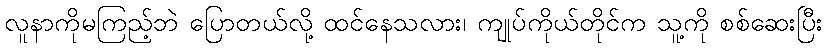
လူနာကိုမကြည့်ဘဲ ပြောတယ်လို့ ထင်နေသလား၊ ကျုပ်ကိုယ်တိုင်က သူ့ကို စစ်ဆေးပြီး